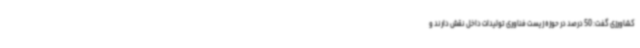
کشاورزی گفت: 50 درصد در حوزه زیست فناوری تولیدات داخل نقش دارند و